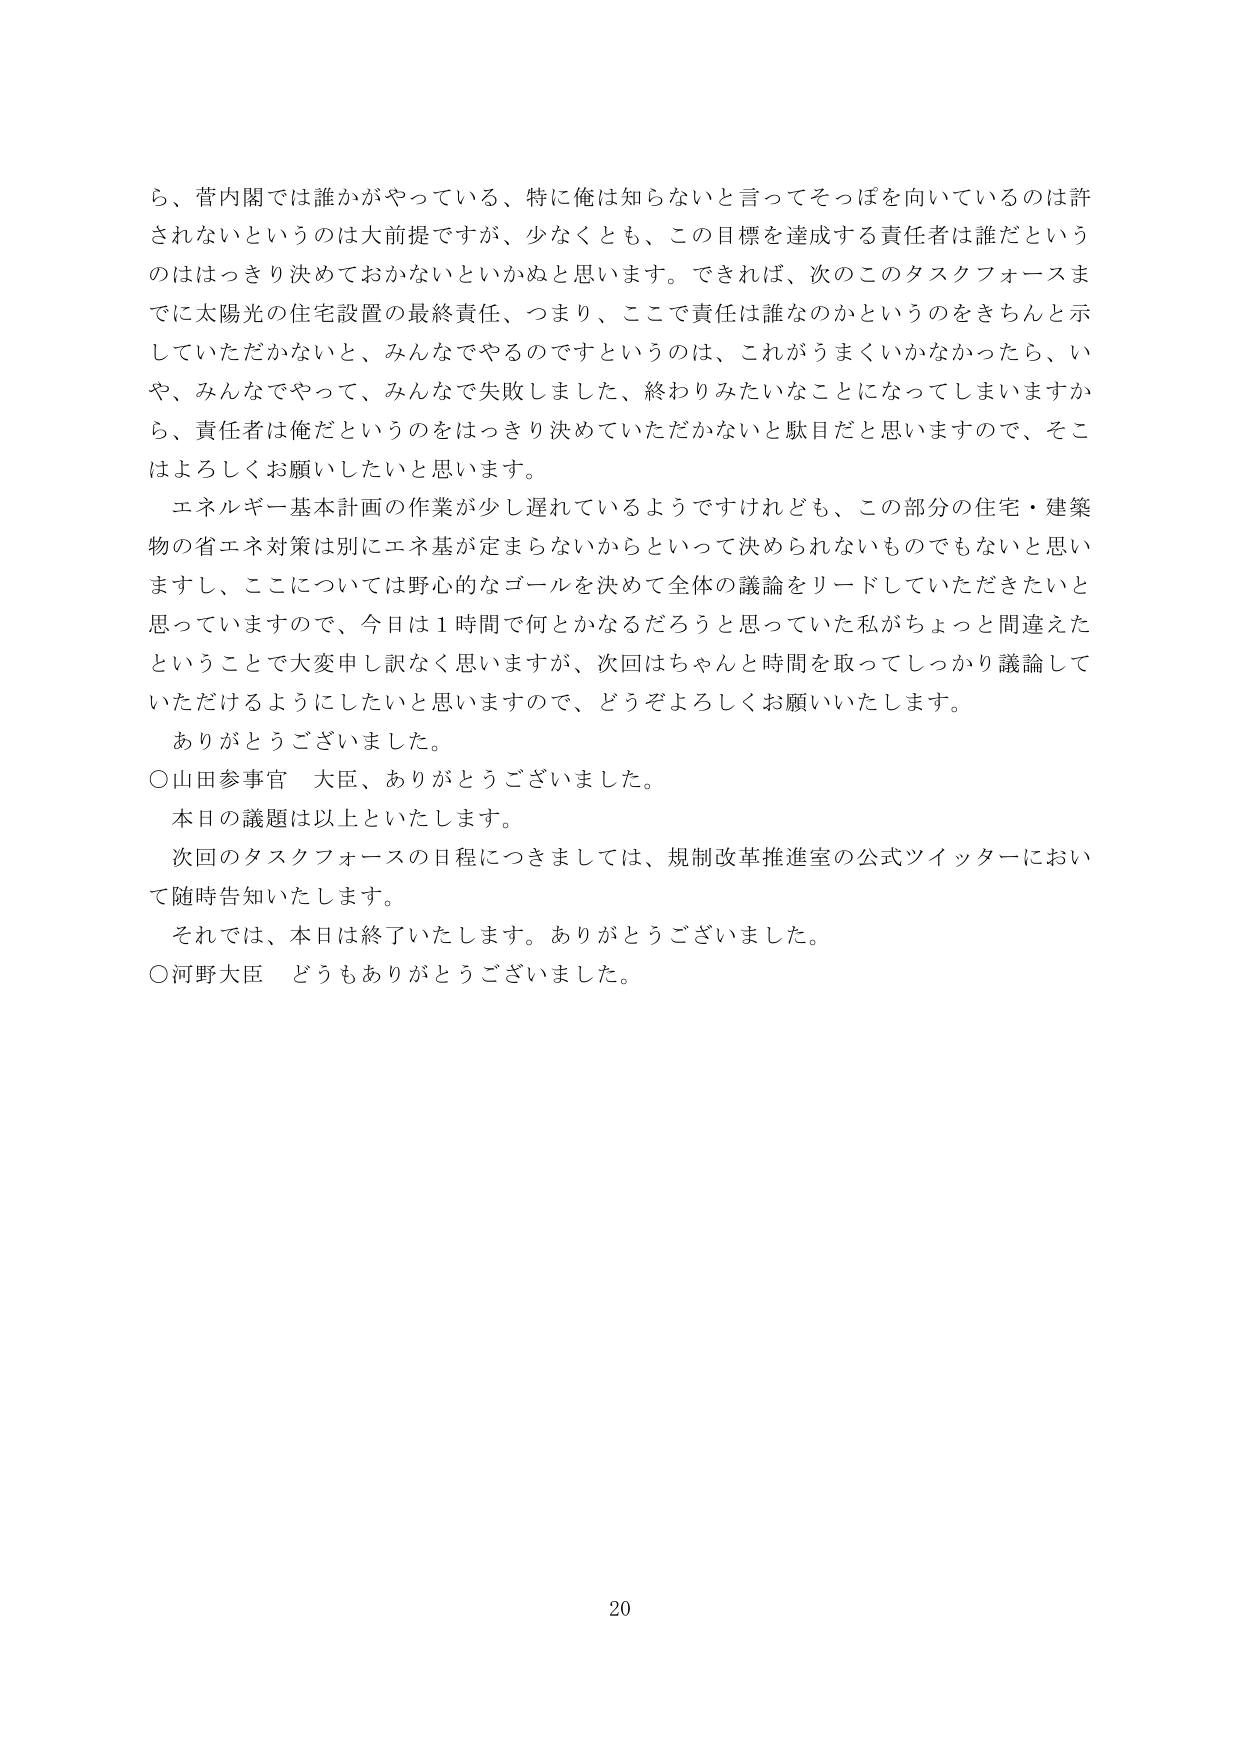
ら、菅内閣では誰かがやっている、特に俺は知らないと言ってそっぽを向いているのは許されないというのは大前提ですが、少なくとも、この目標を達成する責任者は誰だというのははっきり決めておかないといかぬと思います。できれば、次のこのタスクフォースまでに太陽光の住宅設置の最終責任、つまり、ここで責任は誰なのかというのをきちんと示していただかないと、みんなでやるのですというのは、これがうまくいかなかったら、いや、みんなでやって、みんなで失敗しました、終わりみたいなことになってしまいますから、責任者は俺だというのをはっきり決めていただかないと駄目だと思いますので、そこはよろしくお願いしたいと思います。

エネルギー基本計画の作業が少し遅れているようですけれども、この部分の住宅・建築物の省エネ対策は別にエネ基が定まらないからといって決められないものでもないと思いますし、ここについては野心的なゴールを決めて全体の議論をリードしていただきたいと思っていますので、今日は１時間で何とかなるだろうと思っていた私がちょっと間違えたということで大変申し訳なく思いますが、次回はちゃんと時間を取ってしっかり議論していただけるようにしたいと思いますので、どうぞよろしくお願いいたします。

ありがとうございました。

○山田参事官　大臣、ありがとうございました。

本日の議題は以上といたします。

次回のタスクフォースの日程につきましては、規制改革推進室の公式ツイッターにおいて随時告知いたします。

それでは、本日は終了いたします。ありがとうございました。

○河野大臣　どうもありがとうございました。

20